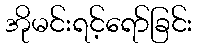
အိုမင်းရင့်ရော်ခြင်း